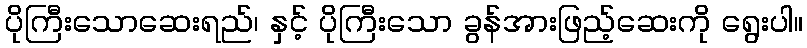
ပိုကြီးသောဆေးရည်၊ နှင့် ပိုကြီးသော ခွန်အားဖြည့်ဆေးကို ရွေးပါ။